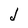
Character: d